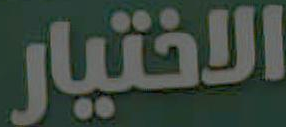
الاختيار